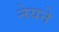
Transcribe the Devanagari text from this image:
नेयने